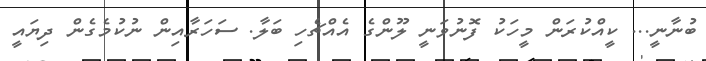
ބުނާނީ... ކީއްކުރަން މީހަކު ފޮނުވަނީ ލޫންގެ އެއްޗެހި ބަލާ. ސަހަރާއިން ނުކުމެގެން ދިޔައީ